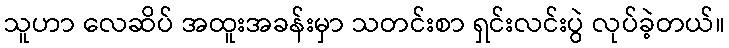
သူဟာ လေဆိပ် အထူးအခန်းမှာ သတင်းစာ ရှင်းလင်းပွဲ လုပ်ခဲ့တယ်။